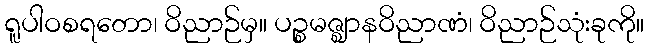
ရူပါဝစရတော၊ ဝိညာဉ်မှ။ ပဉ္စမဇ္ဈာနဝိညာဏံ၊ ဝိညာဉ်သုံးခုကို။